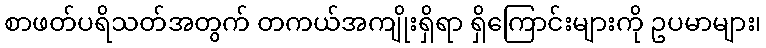
စာဖတ်ပရိသတ်အတွက် တကယ်အကျိုးရှိရာ ရှိကြောင်းများကို ဥပမာများ၊